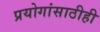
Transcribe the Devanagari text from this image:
प्रयोगांसाठीही